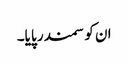
ان کو سمندر پایا۔